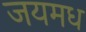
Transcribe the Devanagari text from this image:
जयमध